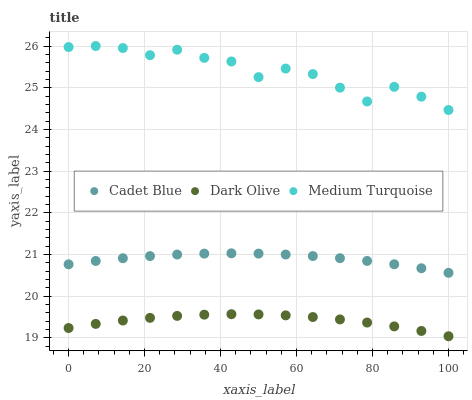
| xaxis_label | Cadet Blue | Dark Olive | Medium Turquoise |
 | --- | --- | --- | --- |
 | 0 | 20.8 | 19.2 | 26 |
 | 7.14 | 20.8 | 19.3 | 26 |
 | 14.3 | 20.9 | 19.4 | 26 |
 | 21.4 | 21 | 19.5 | 25.8 |
 | 28.6 | 21 | 19.5 | 25.9 |
 | 35.7 | 21 | 19.6 | 25.7 |
 | 42.9 | 21 | 19.6 | 25.6 |
 | 50 | 21 | 19.6 | 25.3 |
 | 57.1 | 21 | 19.5 | 25.5 |
 | 64.3 | 21 | 19.5 | 25.3 |
 | 71.4 | 20.9 | 19.4 | 25 |
 | 78.6 | 20.8 | 19.4 | 24.7 |
 | 85.7 | 20.8 | 19.3 | 25 |
 | 92.9 | 20.7 | 19.2 | 24.8 |
 | 100 | 20.6 | 19 | 24.5 |